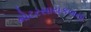
મોટરસાયકલના